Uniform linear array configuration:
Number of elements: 12
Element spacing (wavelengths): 1
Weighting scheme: hann
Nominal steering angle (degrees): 15
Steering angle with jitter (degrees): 13.664
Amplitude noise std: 0.05
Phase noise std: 0.05

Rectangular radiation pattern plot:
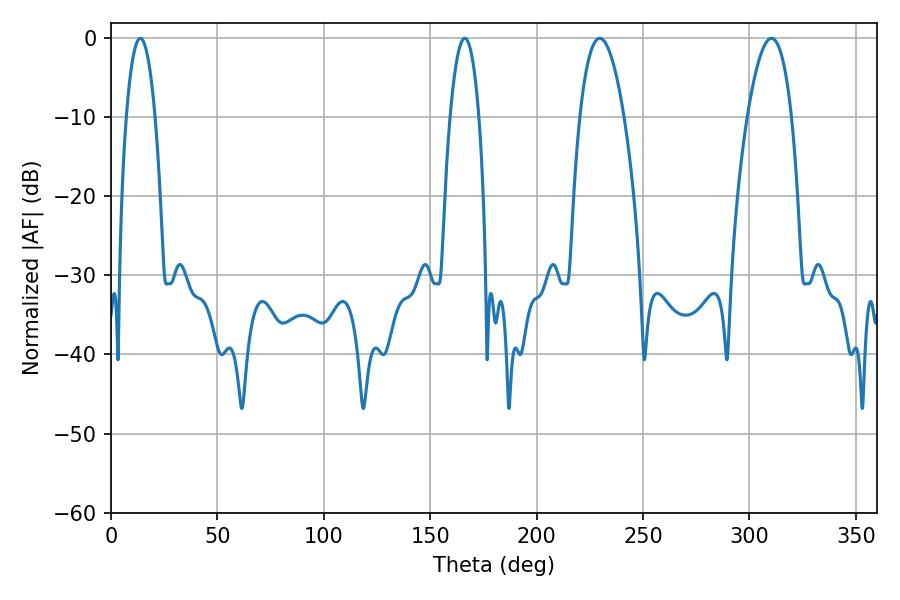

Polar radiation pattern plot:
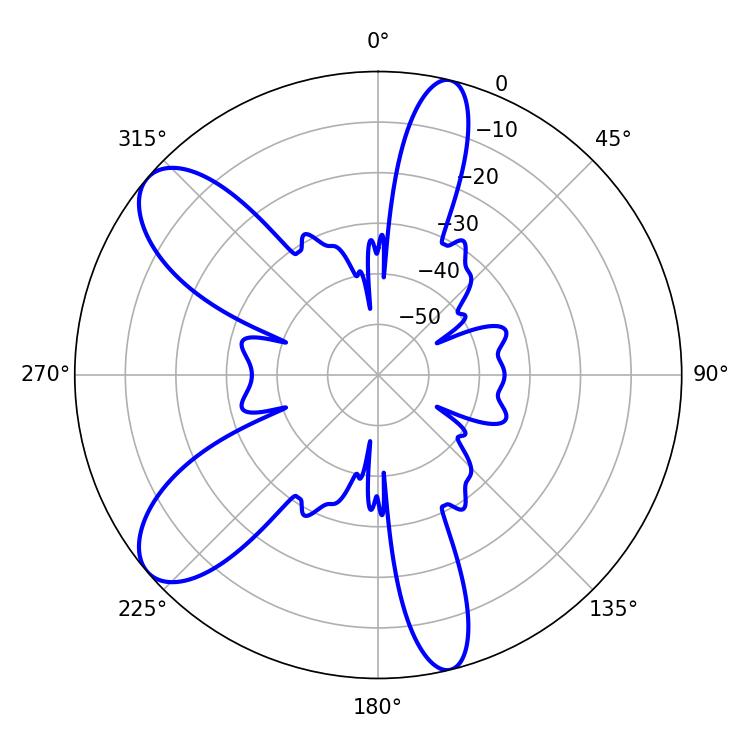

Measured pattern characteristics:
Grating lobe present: TRUE
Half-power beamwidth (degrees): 11.52
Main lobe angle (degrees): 229.68